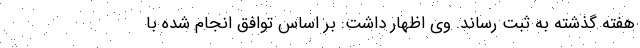
هفته گذشته به ثبت رساند. وی اظهار داشت: بر اساس توافق انجام شده با